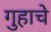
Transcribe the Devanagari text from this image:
गुहाचे